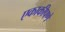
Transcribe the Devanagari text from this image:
एकाकीपणे